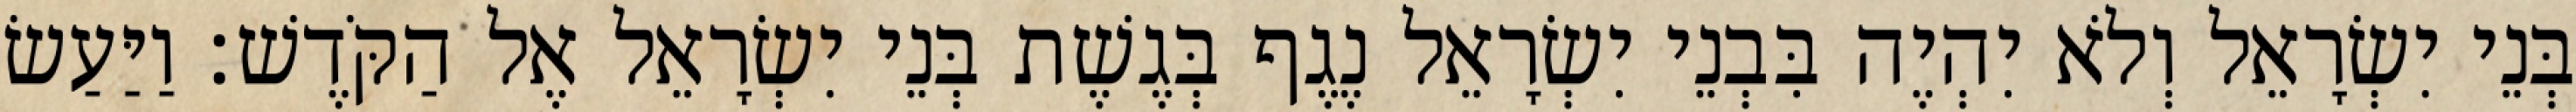
בְּנֵי יִשְׂרָאֵל וְלֹא יִהְיֶה בִּבְנֵי יִשְׂרָאֵל נֶגֶף בְּגֶשֶׁת בְּנֵי יִשְׂרָאֵל אֶל הַקֹּדֶשׁ׃ וַיַּעַשׂ